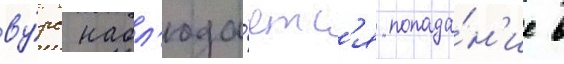
ву́рс набл'юда́етс'я попада́н'ие в